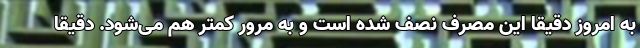
به امروز دقیقا این مصرف نصف شده است و به مرور کمتر هم می‌شود. دقیقا